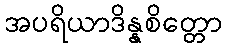
အပရိယာဒိန္နစိတ္တော